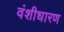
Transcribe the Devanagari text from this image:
वंशीधारण